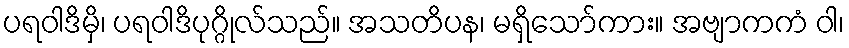
ပရဝါဒိမှိ၊ ပရဝါဒိပုဂ္ဂိုလ်သည်။ အသတိပန၊ မရှိသော်ကား။ အဗျာကကံ ဝါ၊